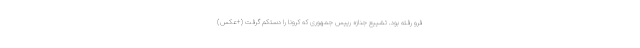
فرو رفته بود. تشییع جنازه رییس جمهوری که کرونا را دستکم گرفت (+عکس)